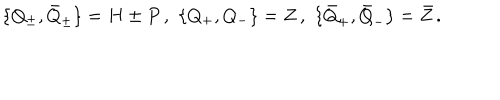
LaTeX: \{ Q _ { \pm } , \bar { Q } _ { \pm } \} = H \pm P \, , \, \, \{ Q _ { + } , Q _ { - } \} = Z \, , \, \, \{ \bar { Q } _ { + } , \bar { Q } _ { - } \} = \bar { Z } \, .